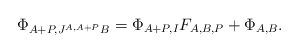
LaTeX: \begin{align*}\Phi_{A+P,J^{A,A+P}B} =\Phi_{A+P,I}F_{A,B,P} +\Phi_{A,B}.\end{align*}